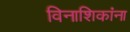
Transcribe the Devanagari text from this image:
विनाशिकांना